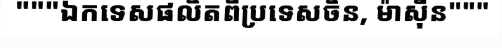
"""ឯកទេសផលិតពីប្រទេសចិន, ម៉ាស៊ីន"""